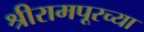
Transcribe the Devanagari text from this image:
श्रीरामपूरच्या